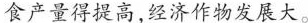
食产量得提高，经济作物发展大。